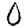
Digit: 0